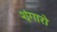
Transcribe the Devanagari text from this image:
शृंगारो